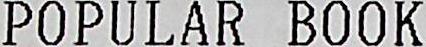
POPULAR BOOK